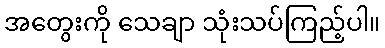
အတွေးကို သေချာ သုံးသပ်ကြည့်ပါ။